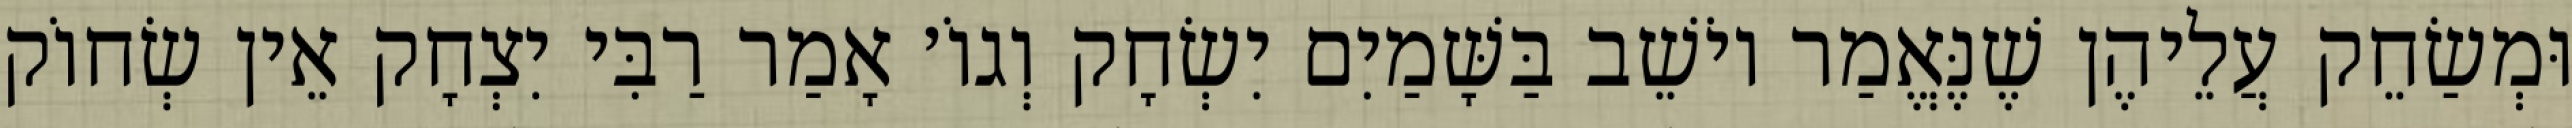
וּמְשַׂחֵק עֲלֵיהֶן שֶׁנֶּאֱמַר יוֹשֵׁב בַּשָּׁמַיִם יִשְׂחָק וְגוֹ׳ אָמַר רַבִּי יִצְחָק אֵין שְׂחוֹק